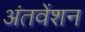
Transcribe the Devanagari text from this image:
अंतवेंशन